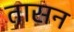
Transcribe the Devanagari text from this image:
तासन